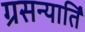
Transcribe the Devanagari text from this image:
ग्रसन्यार्ति